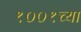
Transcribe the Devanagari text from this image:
१००१च्या